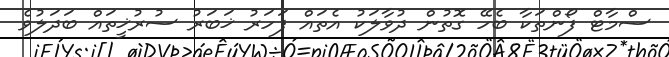
ސްމާޓް ފޯންތަކާ ބެހޭ ގޮތުން ދުވާލަކު އެތައް ފަހަރު ޚަބަރު ސުރުޚީތައް ބަދަލުވެ